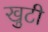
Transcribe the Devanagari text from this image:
खुटी